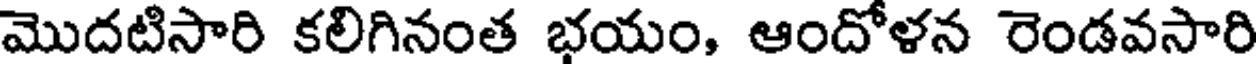
మొదటిసారి కలిగినంత భయం, ఆందోళన రెండవసారి